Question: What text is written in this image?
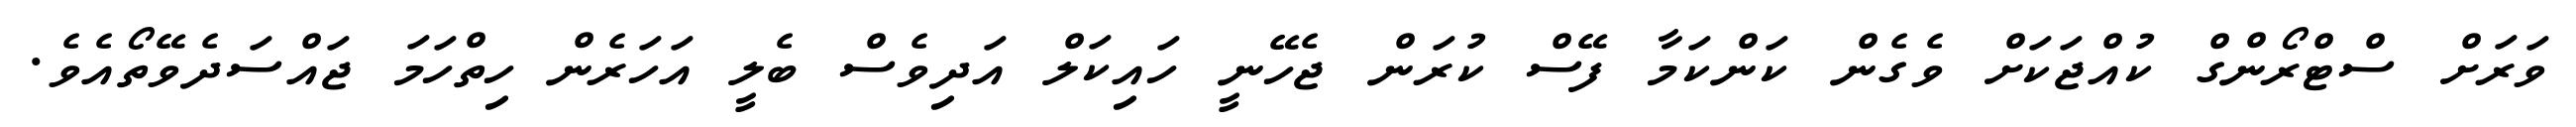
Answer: ވަރަށް ސްޓްރޯންގް ކުއްޖަކަށް ވެގެން ކަންކަމާ ފޭސް ކުރަން ޖެހޭނީ ހައިކަލް އަދިވެސް ބެލީ އަހަރެން ހިތްހަމަ ޖައްސަދެވޭތޯއެވެ.